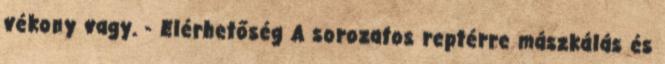
vékony vagy. - Elérhetőség A sorozatos reptérre mászkálás és